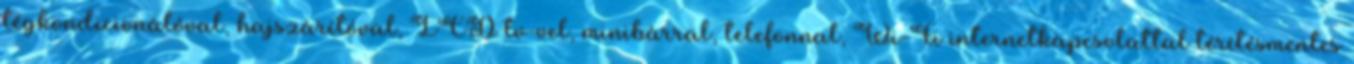
légkondicionálóval, hajszárítóval, LCD tv-vel, minibárral, telefonnal, Wi-Fi internetkapcsolattal térítésmentes